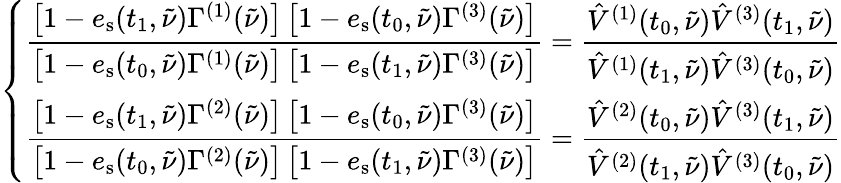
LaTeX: \left\{ \begin{array}{l}{\displaystyle\frac{\left[1-e_{\mathrm{s}}(t_{1},\tilde{\nu})\Gamma^{(1)}(\tilde{\nu})\right]\left[1-e_{\mathrm{s}}(t_{0},\tilde{\nu})\Gamma^{(3)}(\tilde{\nu})\right]}{\left[1-e_{\mathrm{s}}(t_{0},\tilde{\nu})\Gamma^{(1)}(\tilde{\nu})\right]\left[1-e_{\mathrm{s}}(t_{1},\tilde{\nu})\Gamma^{(3)}(\tilde{\nu})\right]}=\frac{\hat{V}^{(1)}(t_{0},\tilde{\nu})\hat{V}^{(3)}(t_{1},\tilde{\nu})}{\hat{V}^{(1)}(t_{1},\tilde{\nu})\hat{V}^{(3)}(t_{0},\tilde{\nu})}}\\ {\displaystyle\frac{\left[1-e_{\mathrm{s}}(t_{1},\tilde{\nu})\Gamma^{(2)}(\tilde{\nu})\right]\left[1-e_{\mathrm{s}}(t_{0},\tilde{\nu})\Gamma^{(3)}(\tilde{\nu})\right]}{\left[1-e_{\mathrm{s}}(t_{0},\tilde{\nu})\Gamma^{(2)}(\tilde{\nu})\right]\left[1-e_{\mathrm{s}}(t_{1},\tilde{\nu})\Gamma^{(3)}(\tilde{\nu})\right]}=\frac{\hat{V}^{(2)}(t_{0},\tilde{\nu})\hat{V}^{(3)}(t_{1},\tilde{\nu})}{\hat{V}^{(2)}(t_{1},\tilde{\nu})\hat{V}^{(3)}(t_{0},\tilde{\nu})}}\end{array}\right.